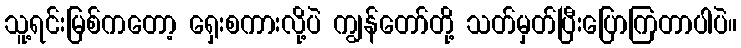
သူ့ရင်းမြစ်ကတော့ ရှေးစကားလို့ပဲ ကျွန်တော်တို့ သတ်မှတ်ပြီးပြောကြတာပါပဲ။